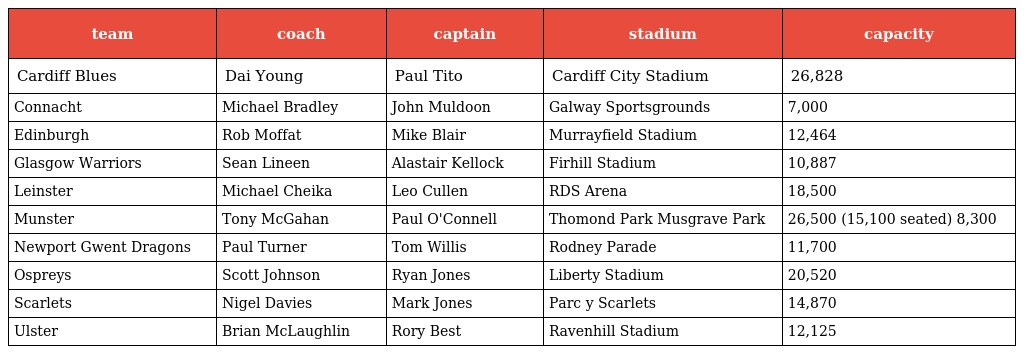
| team | coach | captain | stadium | capacity |
 | --- | --- | --- | --- | --- |
 | Cardiff Blues | Dai Young | Paul Tito | Cardiff City Stadium | 26,828 |
 | Connacht | Michael Bradley | John Muldoon | Galway Sportsgrounds | 7,000 |
 | Edinburgh | Rob Moffat | Mike Blair | Murrayfield Stadium | 12,464 |
 | Glasgow Warriors | Sean Lineen | Alastair Kellock | Firhill Stadium | 10,887 |
 | Leinster | Michael Cheika | Leo Cullen | RDS Arena | 18,500 |
 | Munster | Tony McGahan | Paul O'Connell | Thomond Park Musgrave Park | 26,500 (15,100 seated) 8,300 |
 | Newport Gwent Dragons | Paul Turner | Tom Willis | Rodney Parade | 11,700 |
 | Ospreys | Scott Johnson | Ryan Jones | Liberty Stadium | 20,520 |
 | Scarlets | Nigel Davies | Mark Jones | Parc y Scarlets | 14,870 |
 | Ulster | Brian McLaughlin | Rory Best | Ravenhill Stadium | 12,125 |